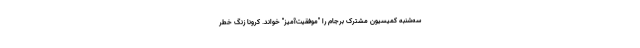
سه‌شنبه کمیسیون مشترک برجام را "موفقیت‌آمیز" خواند. کرونا زنگ خطر